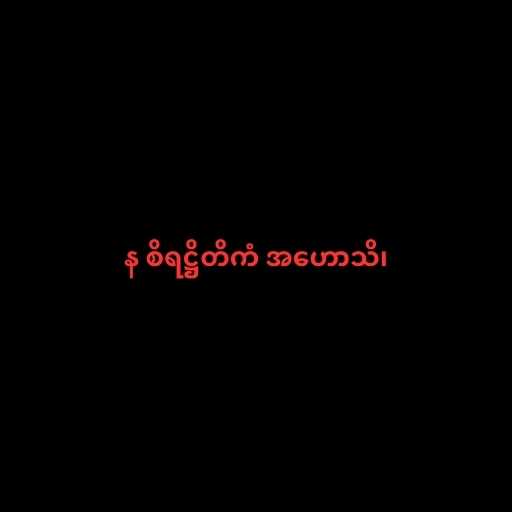
န စိရဋ္ဌိတိကံ အဟောသိ၊